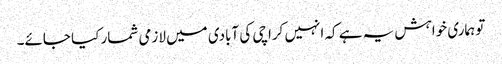
تو ہماری خواہش یہ ہے کہ انہیں کراچی کی آبادی میں لازمی شمار کیا جائے۔